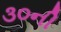
૩૦ની